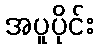
အပူပိုင်း